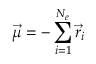
\vec { \mu } = - \sum _ { i = 1 } ^ { N _ { e } } \vec { r } _ { i }